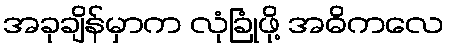
အခုချိန်မှာက လုံခြုံဖို့ အဓိကလေ